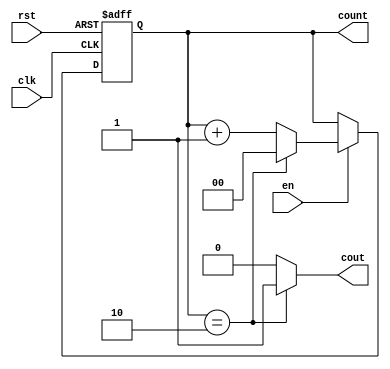
module counter3(input clk, rst, en, output cout, output reg [1:0] count);
	always @(posedge clk or posedge rst) 
	begin
		if(rst)
			count <= 2'b00;
		else if(en)
			count <= (count==2'b10) ? 2'b0 : count+1;
	end
	assign cout = (count == 2'b10) ? 1'b1 : 1'b0;
endmodule